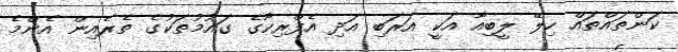
ކަންތައްތައް ހިލޭ ލީބިއާ އަކީ އަރަބި އަދި އެފްރިކާގެ ގައުމުތަކުގެ ތެރެއިން އެންމެ